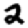
Digit: 2